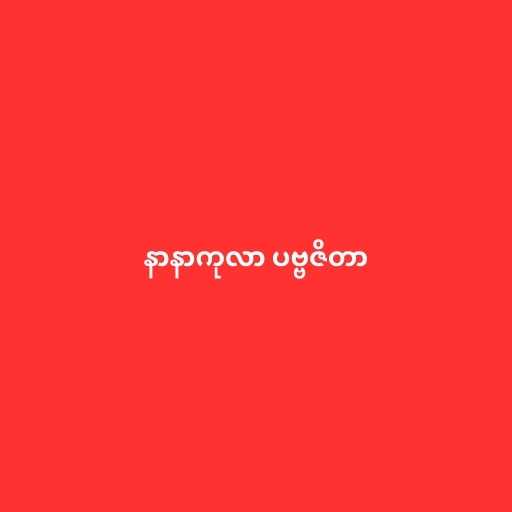
နာနာကုလာ ပဗ္ဗဇိတာ